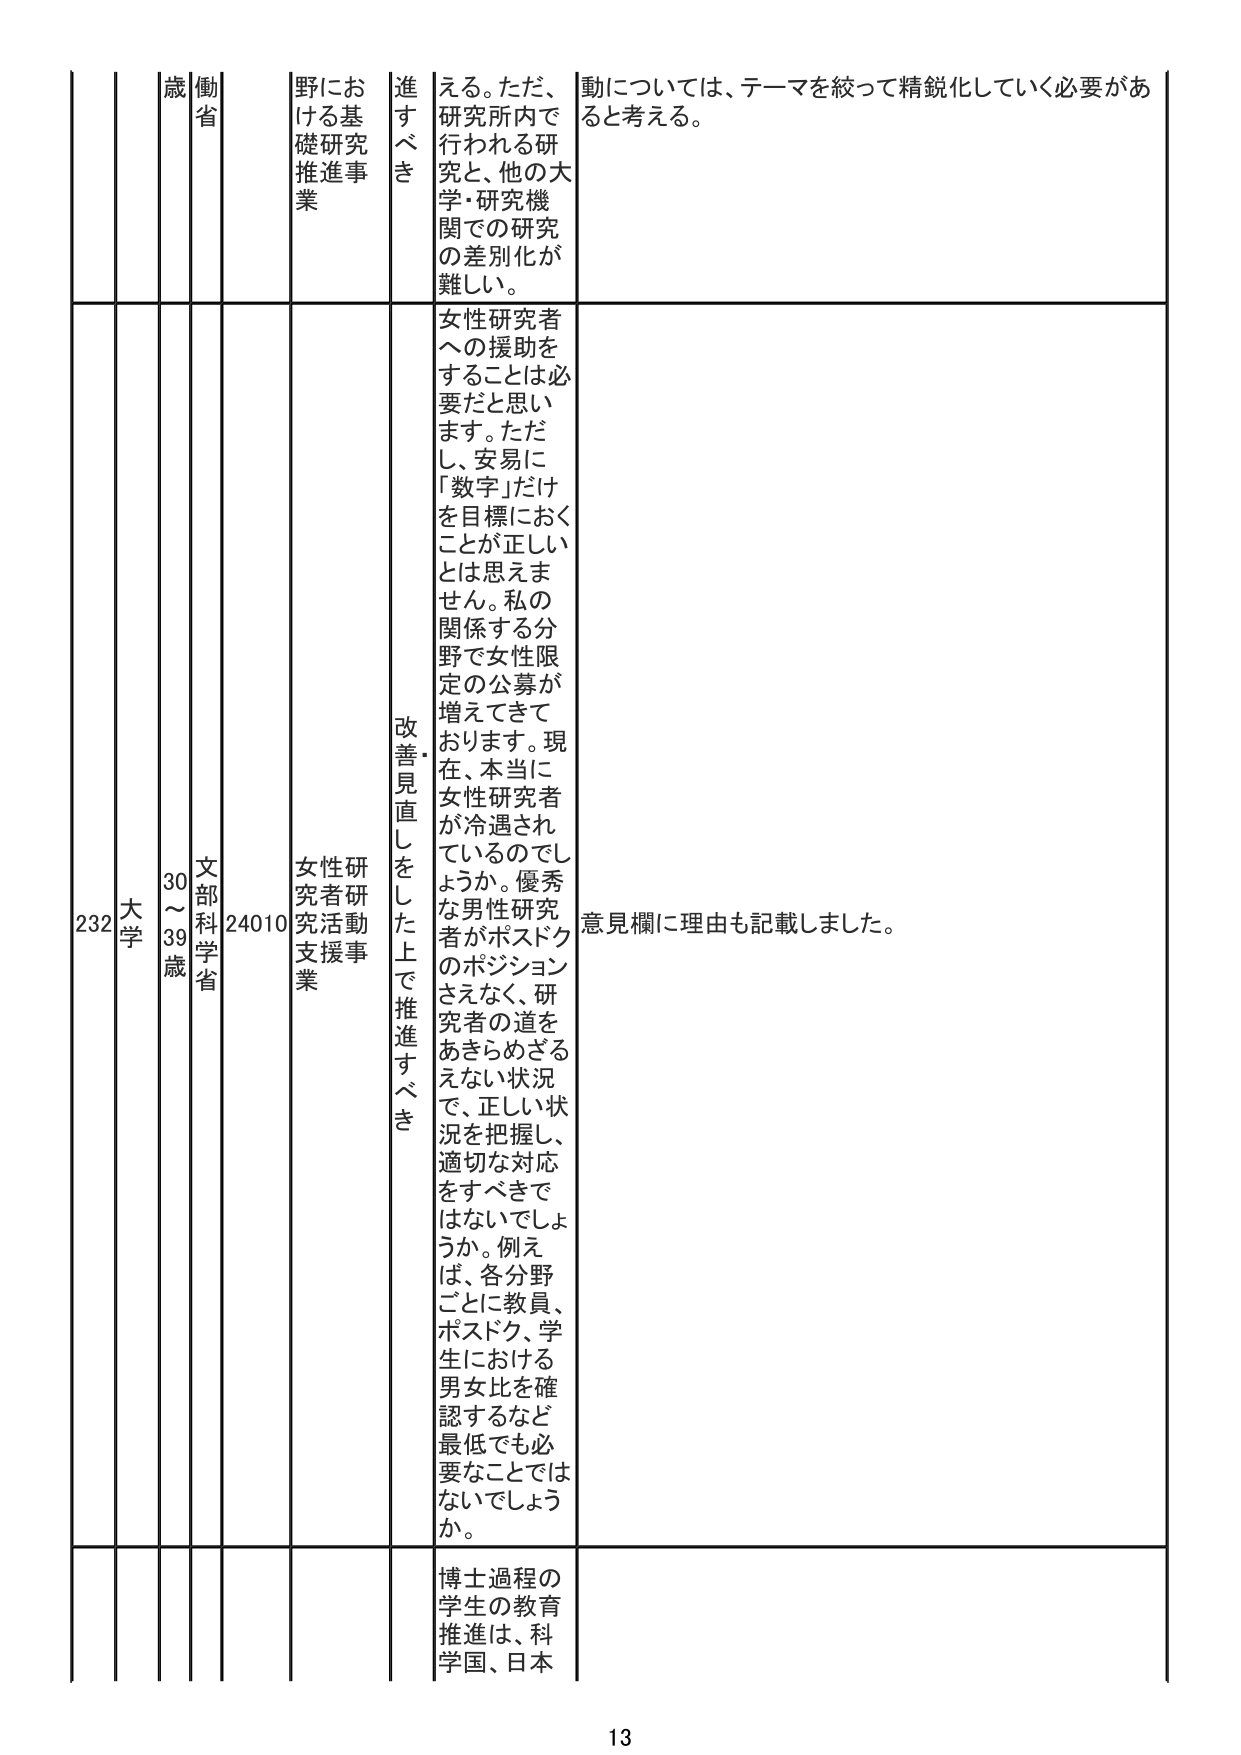
232 大学 30～39歳 文部科学省 24010 女性研究者研究活動支援事業 進すべき 改善・見直しをした上で推進すべき える。ただ、研究所内で行われる研究と、他の大学・研究機関での研究の差別化が難しい。 動については、テーマを絞って精鋭化していく必要があると考える。 女性研究者への援助をすることは必要だと思います。ただし、安易に「数字」だけを目標におくことが正しいとは思えません。私の関係する分野で女性限定の公募が増えてきております。現在、本当に女性研究者が冷遇されているのでしょうか。優秀な男性研究者がポスドクのポジションさえなく、研究者の道をあきらめざるえない状況で、正しい状況を把握し、適切な対応をすべきではないでしょうか。例えば、各分野ごとに教員、ポスドク、学生における男女比を確認するなど最低でも必要なことではないでしょうか。 意見欄に理由も記載しました。 博士過程の学生の教育推進は、科学国、日本 13